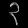
Digit: ၃